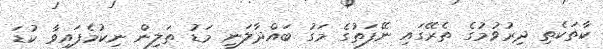
ކާތަކެތި ދިރުވުމުގެ ތެރޭގައި ނޭފަތުގެ މަގު ބައްދާލަނީ މަޑު ތަލިން ނިކުމެފައިވާ ކުޑަ